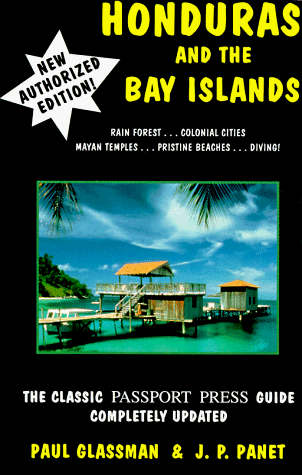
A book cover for Honduras and Bay Islands Guide; Jean-Pierre Panet; Travel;